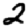
Digit: 2